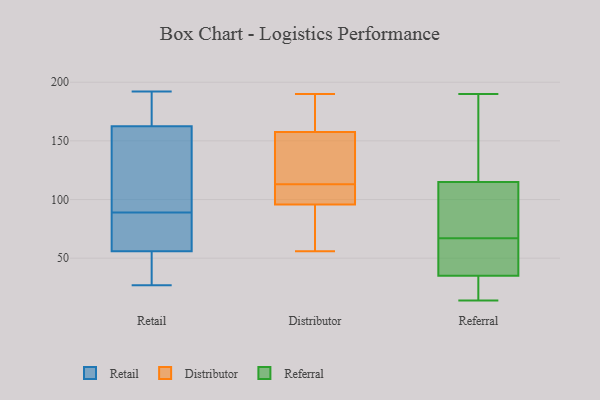
{"axis": {"x": "Customer Acquisition Cost (USD)", "y": "Value"}, "legend": ["Distributor", "Referral", "Retail"], "data": [{"x": "", "y": 27, "type": "Retail"}, {"x": "", "y": 172, "type": "Retail"}, {"x": "", "y": 65, "type": "Retail"}, {"x": "", "y": 192, "type": "Retail"}, {"x": "", "y": 46, "type": "Retail"}, {"x": "", "y": 175, "type": "Retail"}, {"x": "", "y": 29, "type": "Retail"}, {"x": "", "y": 166, "type": "Retail"}, {"x": "", "y": 88, "type": "Retail"}, {"x": "", "y": 152, "type": "Retail"}, {"x": "", "y": 89, "type": "Retail"}, {"x": "", "y": 56, "type": "Retail"}, {"x": "", "y": 115, "type": "Retail"}, {"x": "", "y": 56, "type": "Retail"}, {"x": "", "y": 145, "type": "Retail"}, {"x": "", "y": 152, "type": "Distributor"}, {"x": "", "y": 129, "type": "Distributor"}, {"x": "", "y": 95, "type": "Distributor"}, {"x": "", "y": 113, "type": "Distributor"}, {"x": "", "y": 76, "type": "Distributor"}, {"x": "", "y": 96, "type": "Distributor"}, {"x": "", "y": 190, "type": "Distributor"}, {"x": "", "y": 176, "type": "Distributor"}, {"x": "", "y": 56, "type": "Distributor"}, {"x": "", "y": 111, "type": "Distributor"}, {"x": "", "y": 168, "type": "Distributor"}, {"x": "", "y": 109, "type": "Distributor"}, {"x": "", "y": 154, "type": "Distributor"}, {"x": "", "y": 92, "type": "Referral"}, {"x": "", "y": 110, "type": "Referral"}, {"x": "", "y": 153, "type": "Referral"}, {"x": "", "y": 152, "type": "Referral"}, {"x": "", "y": 37, "type": "Referral"}, {"x": "", "y": 120, "type": "Referral"}, {"x": "", "y": 104, "type": "Referral"}, {"x": "", "y": 53, "type": "Referral"}, {"x": "", "y": 75, "type": "Referral"}, {"x": "", "y": 33, "type": "Referral"}, {"x": "", "y": 19, "type": "Referral"}, {"x": "", "y": 22, "type": "Referral"}, {"x": "", "y": 14, "type": "Referral"}, {"x": "", "y": 38, "type": "Referral"}, {"x": "", "y": 190, "type": "Referral"}, {"x": "", "y": 59, "type": "Referral"}]}